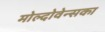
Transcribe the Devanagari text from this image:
मोल्दोवेन्सका